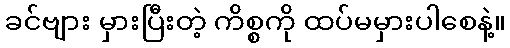
ခင်ဗျား မှားပြီးတဲ့ ကိစ္စကို ထပ်မမှားပါစေနဲ့။